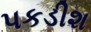
પકડીશ